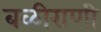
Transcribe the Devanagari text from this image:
बळीराणी